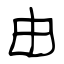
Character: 由